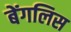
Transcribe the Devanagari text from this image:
बेंगलिस